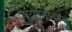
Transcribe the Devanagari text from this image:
प्रयत्नातुनच